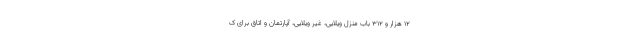
۱۲ هزار و ۳۱۲ باب منزل ویلایی، غیر ویلایی، آپارتمان و اتاق برای ک